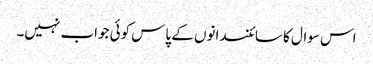
اس سوال کا سائنسدانوں کے پاس کوئی جواب نہیں۔